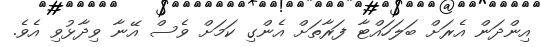
އިންދަން އެރަށް ބަލަހައްޓާ ފަރާތަށް އެންގި ކަމަށް ވެސް އޭނާ ވިދާޅުވި އެވެ.